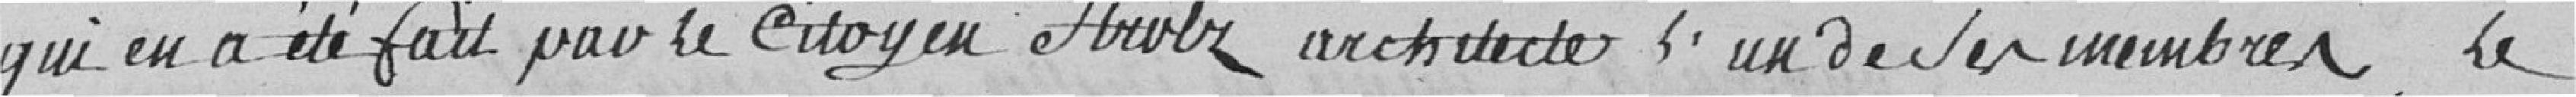
qui en a été fait par le citoyen Strolz, architecte , l'un de ses membres, le